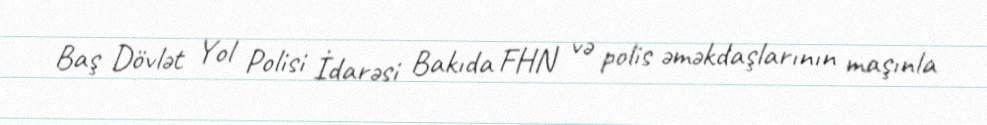
Baş Dövlət Yol Polisi İdarəsi Bakıda FHN və polis əməkdaşlarının maşınla